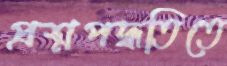
প্রশ্নপদ্ধতিতে